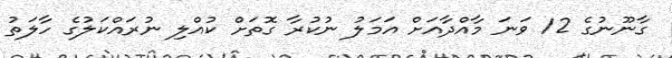
ގާނޫނުގެ 12 ވަނަ މާއްދާއަށް އަމަލު ނުކުރާ ގޮތަށް ކުއްލި ނުރައްކަލުގެ ހާލަތު